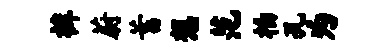
裤蔚蓄想范柏孔为